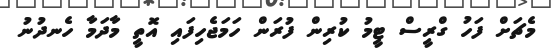
މެޗަށް ފަހު ގްރީސް ޓީމު ކުރިން ފުރަން ހަމަޖެހިފައި އޮތީ މާދަމާ ހެނދުނު